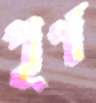
পূর্ণ